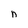
Character: n